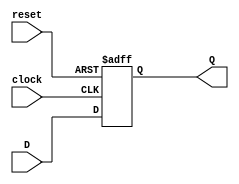
module D_ff_AR(input D,clock,reset,output Q);
    reg Q;
    always @(posedge clock,negedge reset)
        if(reset == 0) Q <= 1'b0;
        else Q <=D;
endmodule